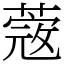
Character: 蔲